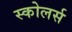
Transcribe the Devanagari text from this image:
स्कोलर्स